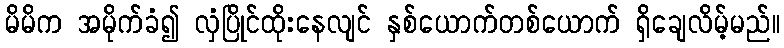
မိမိက အမိုက်ခံ၍ လှံပြိုင်ထိုးနေလျင် နှစ်ယောက်တစ်ယောက် ရှိချေလိမ့်မည်။